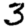
Digit: 3